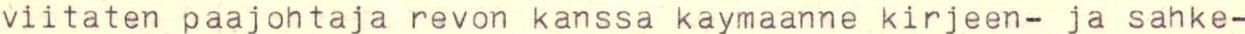
viitaten paajohtaja revon kanssa kaymaanne kirjeen- ja sahke-